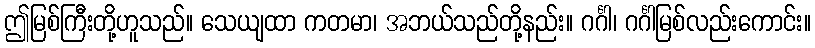
ဤမြစ်ကြီးတို့ဟူသည်။ သေယျထာ ကတမာ၊ အဘယ်သည်တို့နည်း။ ဂင်္ဂါ၊ ဂင်္ဂါမြစ်လည်းကောင်း။